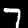
Digit: 7